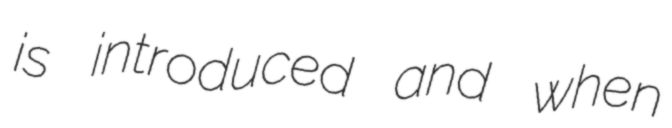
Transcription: is introduced and when